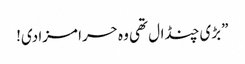
”بڑی چنڈال تھی وہ حرا مزا دی!